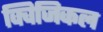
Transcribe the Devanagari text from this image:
क्विजिकल